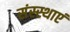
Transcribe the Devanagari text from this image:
संस्स्थाएं